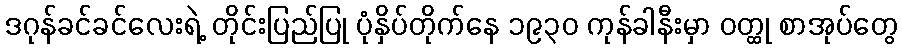
ဒဂုန်ခင်ခင်လေးရဲ့ တိုင်းပြည်ပြု ပုံနှိပ်တိုက်နေ ၁၉၃၀ ကုန်ခါနီးမှာ ဝတ္ထု စာအုပ်တွေ